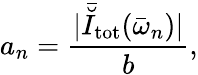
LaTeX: a_{n}=\frac{|\bar{\breve{I}}_{\mathrm{tot}}(\bar{\omega}_{n})|}{b},